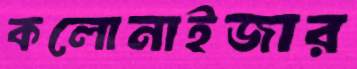
কলোনাইজার